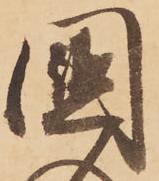
國